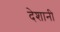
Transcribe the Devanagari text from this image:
देशानी